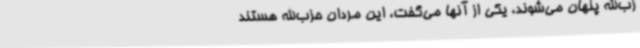
زب‌الله پنهان می‌شوند، یکی از آنها می‌گفت، این مردان حزب‌الله هستند